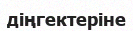
діңгектеріне